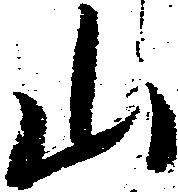
山